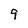
Character: 9